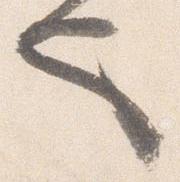
也